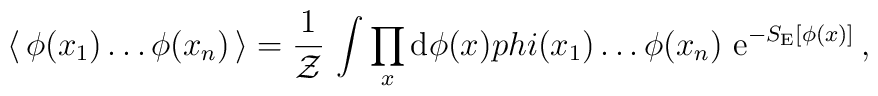
\langle\, \phi(x_1)\dots\phi(x_n) \,\rangle= \frac{1}{{\cal Z}}\, \int\prod_x {\rm d}\phi(x) \\phi(x_1)\dots\phi(x_n) \ {\rm e}^{-S_{\rm E}[\phi(x)]}\,,